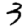
Digit: 3